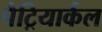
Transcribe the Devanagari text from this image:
पैट्रियार्कल